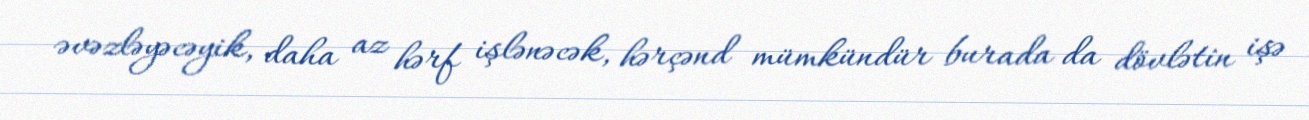
əvəzləyəcəyik, daha az hərf işlənəcək, hərçənd mümkündür burada da dövlətin işə